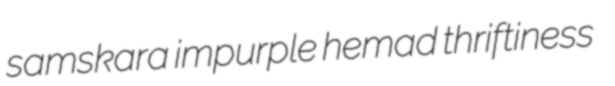
samskara impurple hemad thriftiness